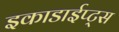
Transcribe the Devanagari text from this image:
इकाडाईप्ट्स